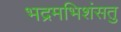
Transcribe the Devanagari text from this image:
भद्रमभिशंसतु